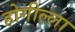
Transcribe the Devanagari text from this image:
होगील्ला